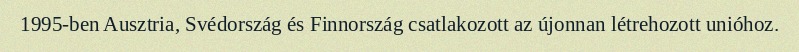
1995-ben Ausztria, Svédország és Finnország csatlakozott az újonnan létrehozott unióhoz.